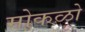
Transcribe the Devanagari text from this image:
मोकळो